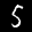
Label: 5